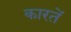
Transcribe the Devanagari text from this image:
कारतें